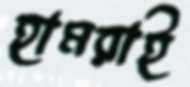
হামরাই